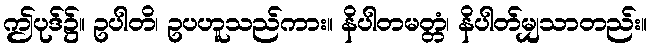
ဤပုဒ်၌။ ဥပါတိ၊ ဥပဟူသည်ကား။ နိပါတမတ္တံ၊ နိပါတ်မျှသာတည်း။